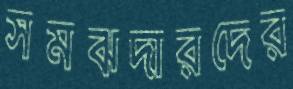
সমঝদারদের